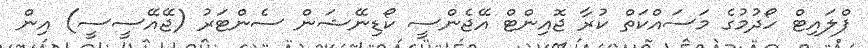
ފްލައިޓް ހޯދުމުގެ މަސައްކަތް ކުރާ ޖޮއިންޓް އޭޖެންސީ ކޯޑިނޭޝަން ސެންޓަރު (ޖޭއޭސީސީ) އިން